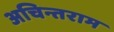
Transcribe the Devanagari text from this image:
अचिन्तराम